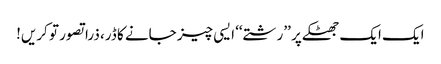
ایک ایک جھٹکے پر ’’رشتے‘‘ ایسی چیز جانے کا ڈر، ذرا تصور تو کریں!